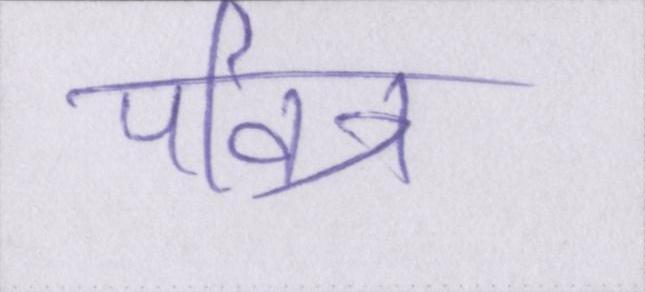
पवित्र